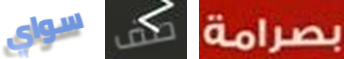
سواي صف بصرامة